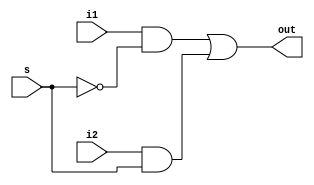
`timescale 1ns / 1ps
//////////////////////////////////////////////////////////////////////////////////
// Company: 
// Engineer: 
// 
// Design Name: 
// Module Name: mux_2_1_16bit
// Project Name: 
// Target Devices: 
// Tool Versions: 
// Description: 
// 
// Dependencies: 
// 
// Revision:
// Revision 0.01 - File Created
// Additional Comments:
// 
//////////////////////////////////////////////////////////////////////////////////


module mux_2_1_16bit(
input [15:0] i1, input [15:0] i2, input s, output reg [15:0] out
    );
    initial begin
out = (i1&~s)| (i2&s);
end
endmodule